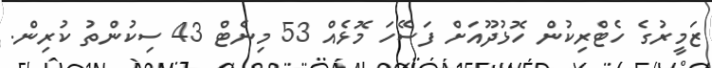
ޒަމީރުގެ ހެޓްރިކުން ހޮޅުދޫއަށް ފަސޭހަ މޮޅެއް 53 މިނެޓް 43 ސިކުންތު ކުރިން.